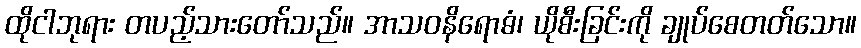
ထိုငါဘုရား တပည့်သားတော်သည်။ အာသဝနိရောဓံ၊ ယိုစီးခြင်းကို ချုပ်စေတတ်သော။